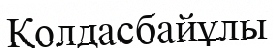
Қолдасбайұлы